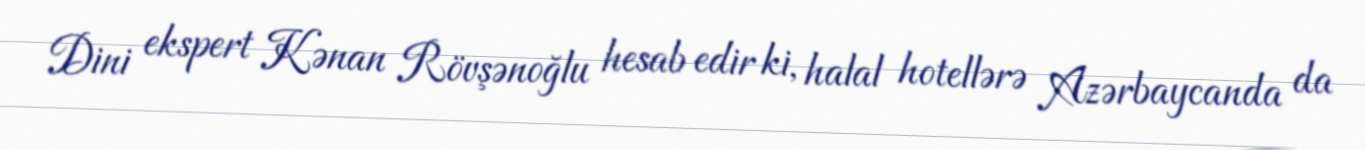
Dini ekspert Kənan Rövşənoğlu hesab edir ki, halal hotellərə Azərbaycanda da